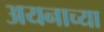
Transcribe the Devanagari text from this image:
अयनाच्या